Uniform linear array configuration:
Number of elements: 64
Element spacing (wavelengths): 0.5
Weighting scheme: hamming
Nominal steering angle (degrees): -15
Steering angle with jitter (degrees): -13.534
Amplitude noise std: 0.05
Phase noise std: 0.05

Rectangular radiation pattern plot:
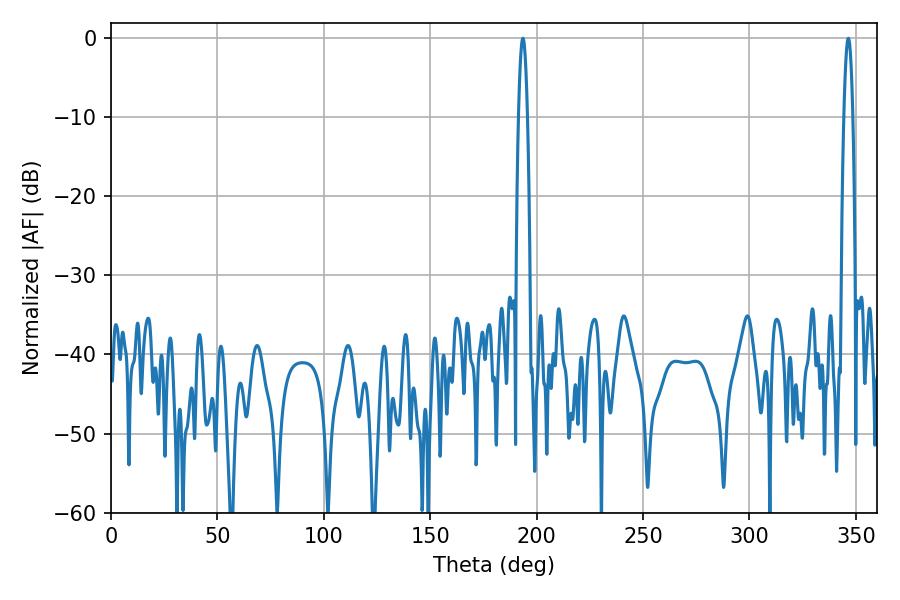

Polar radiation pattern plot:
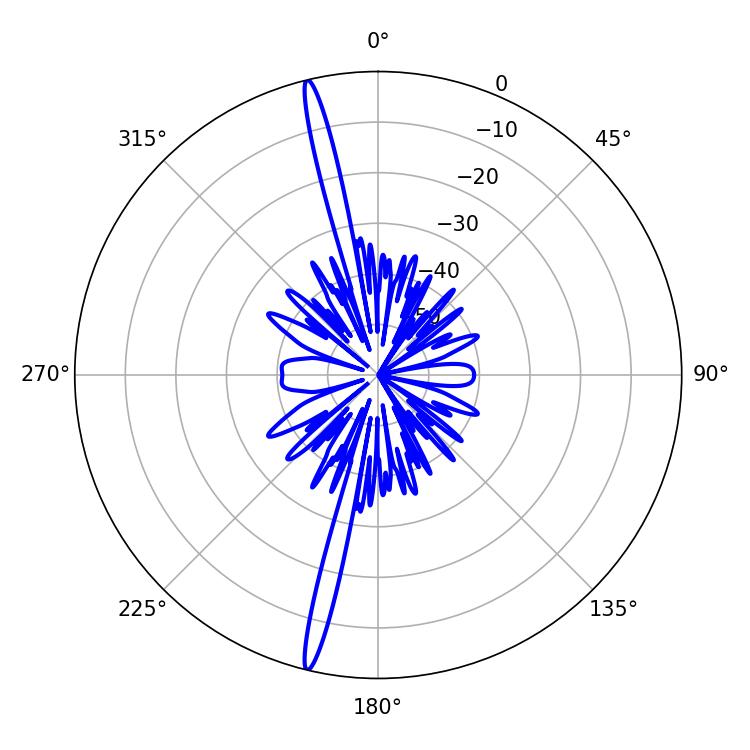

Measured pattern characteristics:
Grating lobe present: FALSE
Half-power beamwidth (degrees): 2.16
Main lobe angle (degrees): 193.5